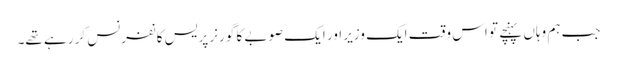
جب ہم وہاں پہنچے تو اس وقت ایک وزیر اور ایک صوبے کا گورنر پریس کانفرنس کر رہے تھے۔